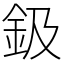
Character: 鈒